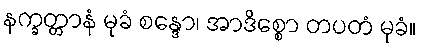
နက္ခတ္တာနံ မုခံ စန္ဒော၊ အာဒိစ္စော တပတံ မုခံ။